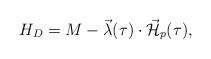
LaTeX: \begin{align*}H_D=M-\vec{\lambda}(\tau )\cdot \vec{{\cal H}}_{p}(\tau ), \end{align*}